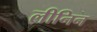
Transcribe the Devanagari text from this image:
लीनिन